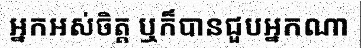
អ្នកអស់ចិត្ត ឬក៏បានជួបអ្នកណា